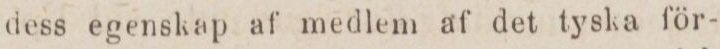
dess egenskap af medlem af det tyska för-